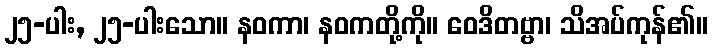
၂၅-ပါး, ၂၅-ပါးသော။ နဝကာ၊ နဝကတို့ကို။ ဝေဒိတဗ္ဗာ၊ သိအပ်ကုန်၏။